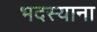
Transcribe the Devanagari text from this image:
भदस्याना